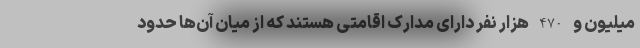
میلیون و 470 هزار نفر دارای مدارک اقامتی هستند که از میان آن‌ها حدود